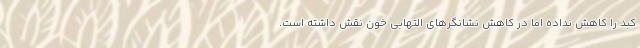
کبد را کاهش نداده اما در کاهش نشانگرهای التهابی خون نقش داشته است.